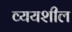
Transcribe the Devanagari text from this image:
व्ययशील